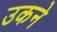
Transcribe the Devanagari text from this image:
उकने